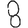
Digit: 8